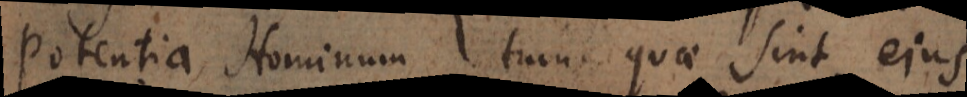
Potentia Hominum, tum quae sint ejus